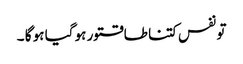
تو نفس کتنا طاقتور ہو گیا ہو گا ۔